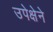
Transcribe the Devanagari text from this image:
उपेक्षेने